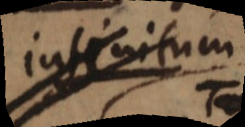
infinitum